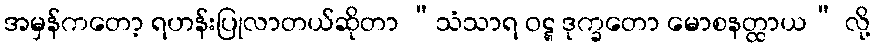
အမှန်ကတော့ ရဟန်းပြုလာတယ်ဆိုတာ “သံသာရ ဝဋ္ဋ ဒုက္ခတော မောစနတ္ထာယ” လို့